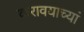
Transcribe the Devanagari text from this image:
करावयाच्यां